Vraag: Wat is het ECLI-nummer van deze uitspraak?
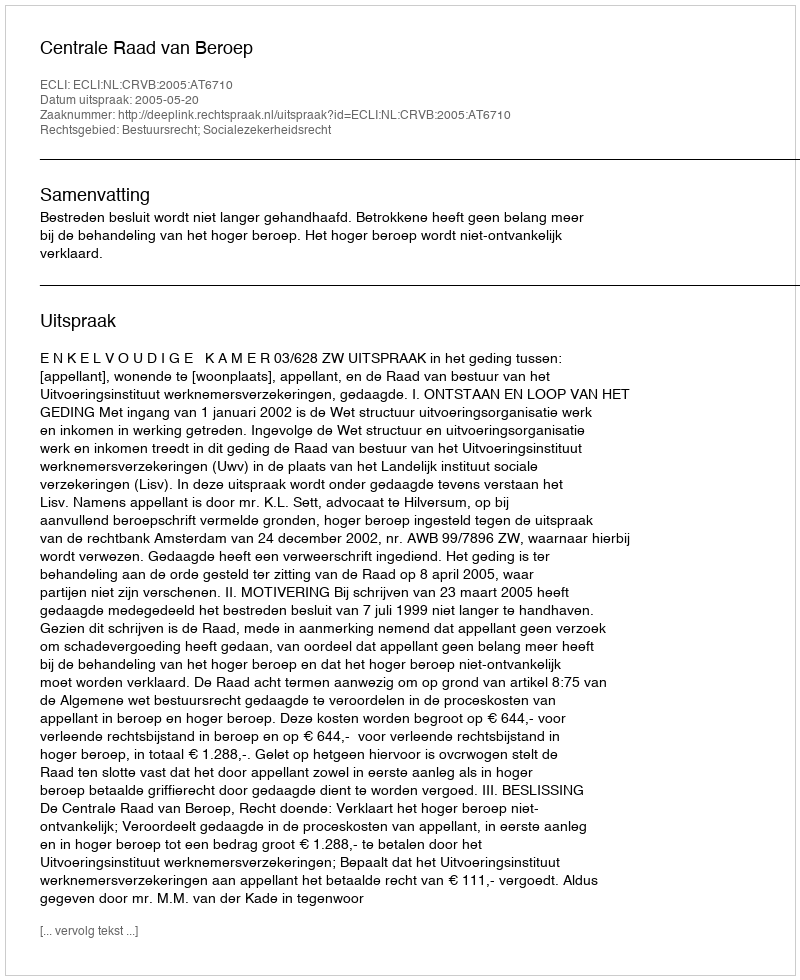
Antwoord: ECLI:NL:CRVB:2005:AT6710